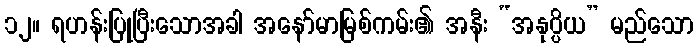
၁၂။ ရဟန်းပြုပြီးသောအခါ အနော်မာမြစ်ကမ်း၏ အနီး “အနုပ္ပိယ” မည်သော